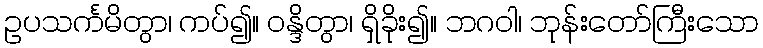
ဥပသင်္ကမိတွာ၊ ကပ်၍။ ဝန္ဒိတွာ၊ ရှိခိုး၍။ ဘဂဝါ၊ ဘုန်းတော်ကြီးသော